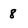
Character: 8